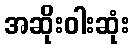
အဆိုးဝါးဆုံး